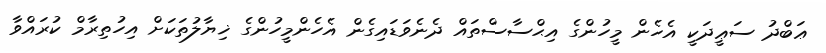
ޢަބްދު ސަޢީދަކީ އެހެން މީހުންގެ އިޙްސާސްތައް ދެނެވަޑައިގެން އެހެންމީހުންގެ ޚިޔާލުތަކަށް އިހުތިރާމް ކުރައްވާ